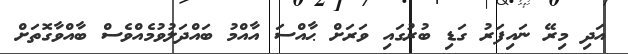
އަދި މިރޭ ނައިފަރު ގަޑި ބުރުގައި ވަރަށް ޙާއްސަ އާއްމު ބައްދަލުވުމެއްވެސް ބާއްވާގޮތަށް